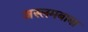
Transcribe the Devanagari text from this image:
अस्लमबाबा